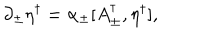
\partial _ { \pm } \eta ^ { \dagger } = \alpha _ { \pm } [ A _ { \pm } ^ { \dagger } , \eta ^ { \dagger } ] ,